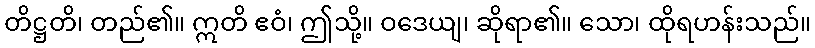
တိဋ္ဌတိ၊ တည်၏။ ဣတိ ဧဝံ၊ ဤသို့။ ဝဒေယျ၊ ဆိုရာ၏။ သော၊ ထိုရဟန်းသည်။